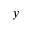
y